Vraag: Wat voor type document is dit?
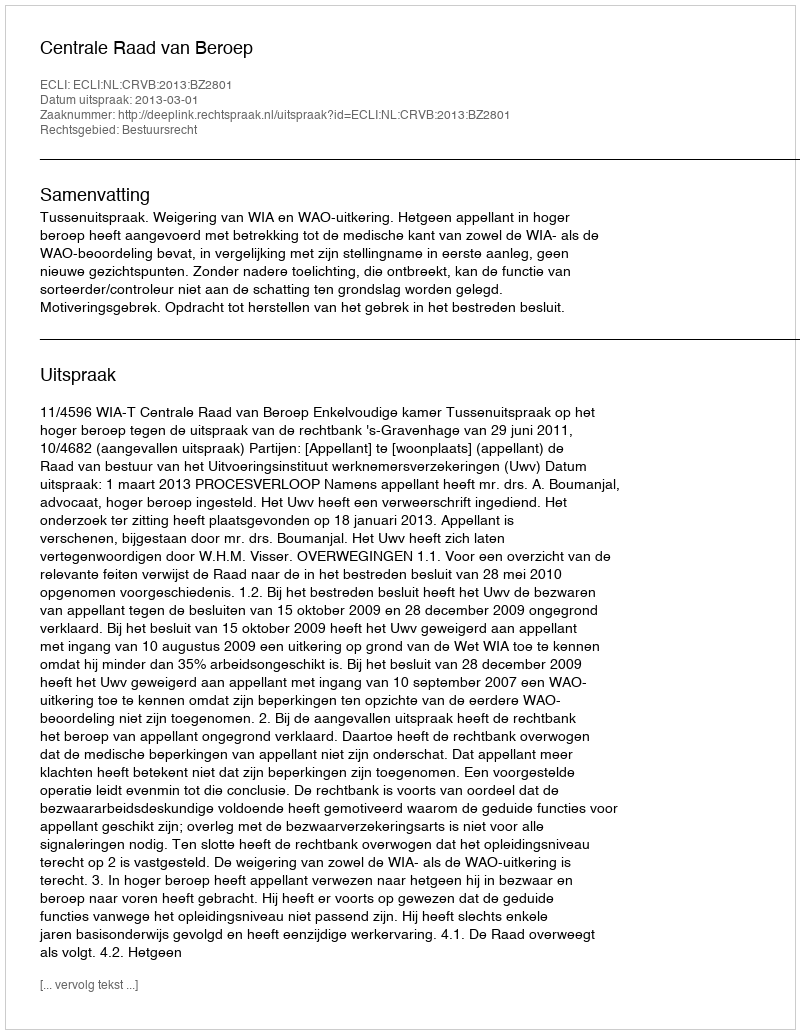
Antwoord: Uitspraak